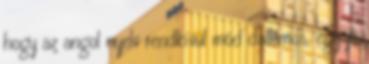
hogy az angol nyelv rendkívül mód dallamos, egy jó